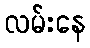
လမ်းနေ